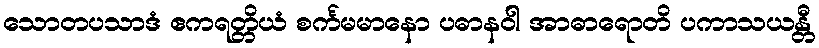
သောတပသာဒံ ဧကရတ္တိယံ စင်္ကမမာနော ပဓာနဝါ အာဓာရောတိ ပကာသယန္တီ